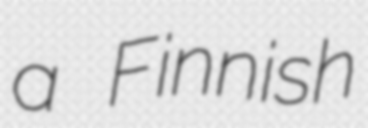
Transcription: a Finnish